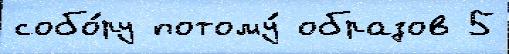
собо́ру потому́ образов 5